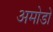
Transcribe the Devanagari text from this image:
अमोडो